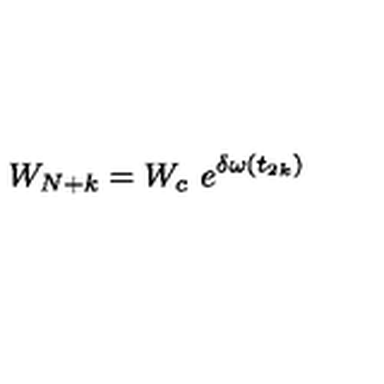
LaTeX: W _ { N + k } = W _ { c } \ e ^ { \delta \omega ( t _ { 2 k } ) }